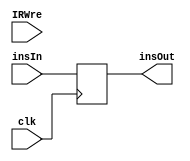
`timescale 1ns / 1ps
//////////////////////////////////////////////////////////////////////////////////
// Company: 
// Engineer: 
// 
// Design Name: 
// Module Name: IR
// Project Name: 
// Target Devices: 
// Tool Versions: 
// Description: 
// 
// Dependencies: 
// 
// Revision:
// Revision 0.01 - File Created
// Additional Comments:
// 
//////////////////////////////////////////////////////////////////////////////////


module IR(
    input clk,
    input IRWre,
    input [31:0] insIn,
    output reg [31:0] insOut
    );
    
    always @(negedge clk) begin
        /*if(IRWre==1)*/ insOut <= insIn;
       /* else insOut <= insOut;*/
    end
    
endmodule